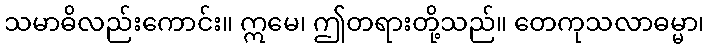
သမာဓိလည်းကောင်း။ ဣမေ၊ ဤတရားတို့သည်။ တေကုသလာဓမ္မာ၊